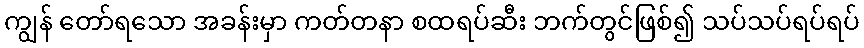
ကျွန် တော်ရသော အခန်းမှာ ကတ်တနာ စထရပ်ဆီး ဘက်တွင်ဖြစ်၍ သပ်သပ်ရပ်ရပ်